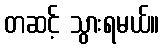
တဆင့် သွားရမယ်။